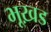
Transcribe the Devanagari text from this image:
भूख़ड